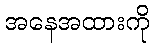
အနေအထားကို